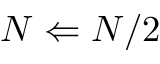
N \Leftarrow N / 2